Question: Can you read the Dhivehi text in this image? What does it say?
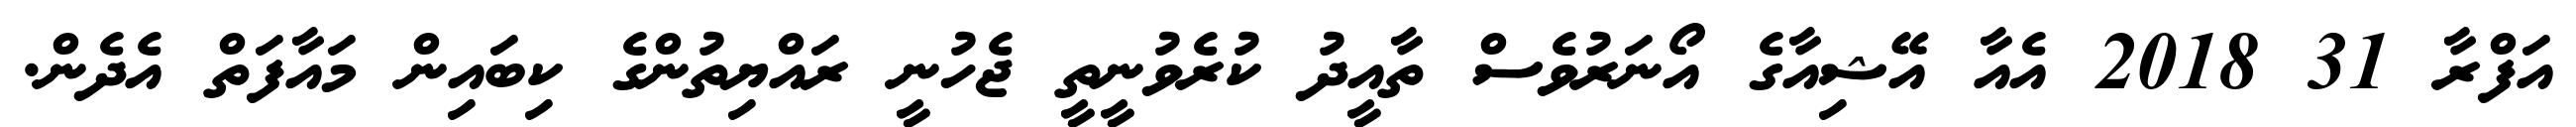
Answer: އަފްރާ 31 2018 އެއާ އޭޝިއާގެ އޯނަރުވެސް ތާއީދު ކުރެވުނީތީ ޖެހުނީ ރައްޔިތުންގެ ކިބައިން މައާފަތް އެދެން.